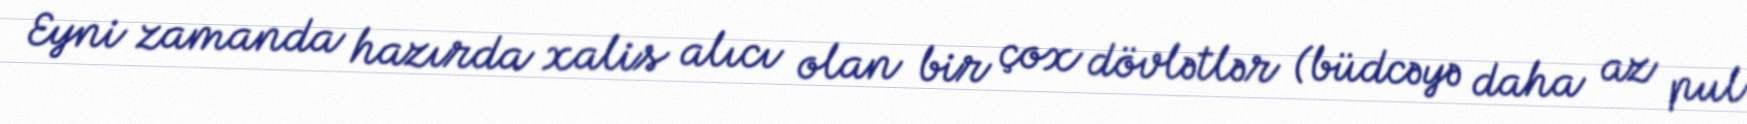
Eyni zamanda hazırda xalis alıcı olan bir çox dövlətlər (büdcəyə daha az pul